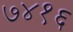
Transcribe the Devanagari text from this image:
७४१६